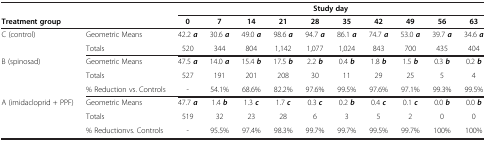
<table><thead><tr><td><b> </b></td><td><b> </b></td><td colspan="10"><b>Study day</b></td></tr><tr><td><b>Treatment group</b></td><td><b> </b></td><td><b>0</b></td><td><b>7</b></td><td><b>14</b></td><td><b>21</b></td><td><b>28</b></td><td><b>35</b></td><td><b>42</b></td><td><b>49</b></td><td><b>56</b></td><td><b>63</b></td></tr></thead><tbody><tr><td>C (control)</td><td>Geometric Means</td><td>42.2 <b><i>a</i></b></td><td>30.6 <b><i>a</i></b></td><td>49.0 <b><i>a</i></b></td><td>98.6 <b><i>a</i></b></td><td>94.7 <b><i>a</i></b></td><td>86.1 <b><i>a</i></b></td><td>74.7 <b><i>a</i></b></td><td>53.0 <b><i>a</i></b></td><td>39.7 <b><i>a</i></b></td><td>34.6 <b><i>a</i></b></td></tr><tr><td> </td><td>Totals</td><td>520</td><td>344</td><td>804</td><td>1,142</td><td>1,077</td><td>1,024</td><td>843</td><td>700</td><td>435</td><td>404</td></tr><tr><td>B (spinosad)</td><td>Geometric Means</td><td>47.5 <b><i>a</i></b></td><td>14.0 <b><i>a</i></b></td><td>15.4 <b><i>b</i></b></td><td>17.5 <b><i>b</i></b></td><td>2.2 <b><i>b</i></b></td><td>0.4 <b><i>b</i></b></td><td>1.8 <b><i>b</i></b></td><td>1.5 <b><i>b</i></b></td><td>0.3 <b><i>b</i></b></td><td>0.2 <b><i>b</i></b></td></tr><tr><td> </td><td>Totals</td><td>527</td><td>191</td><td>201</td><td>208</td><td>30</td><td>11</td><td>29</td><td>25</td><td>5</td><td>4</td></tr><tr><td> </td><td>% Reduction vs. Controls</td><td>-</td><td>54.1%</td><td>68.6%</td><td>82.2%</td><td>97.6%</td><td>99.5%</td><td>97.6%</td><td>97.1%</td><td>99.3%</td><td>99.5%</td></tr><tr><td>A (imidacloprid + PPF)</td><td>Geometric Means</td><td>47.7 <b><i>a</i></b></td><td>1.4 <b><i>b</i></b></td><td>1.3 <b><i>c</i></b></td><td>1.7 <b><i>c</i></b></td><td>0.3 <b><i>c</i></b></td><td>0.2 <b><i>b</i></b></td><td>0.4 <b><i>c</i></b></td><td>0.1 <b><i>c</i></b></td><td>0.0 <b><i>b</i></b></td><td>0.0 <b><i>b</i></b></td></tr><tr><td> </td><td>Totals</td><td>519</td><td>32</td><td>23</td><td>28</td><td>6</td><td>3</td><td>5</td><td>2</td><td>0</td><td>0</td></tr><tr><td> </td><td>% Reductionvs. Controls</td><td>-</td><td>95.5%</td><td>97.4%</td><td>98.3%</td><td>99.7%</td><td>99.7%</td><td>99.5%</td><td>99.7%</td><td>100%</td><td>100%</td></tr></tbody></table>